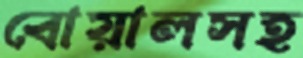
বোয়ালসহ